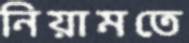
নিয়ামতে